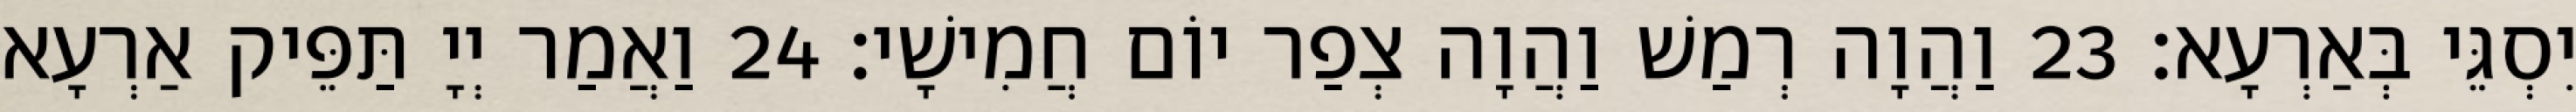
יִסְגֵּי בְּאַרְעָא׃ 23 וַהֲוָה רְמַשׁ וַהֲוָה צְפַר יוֹם חֲמִישָׁי׃ 24 וַאֲמַר יְיָ תַּפֵּיק אַרְעָא